Standardisation of Calmette's anti-venomous serum with pure cobra venom - Number 1
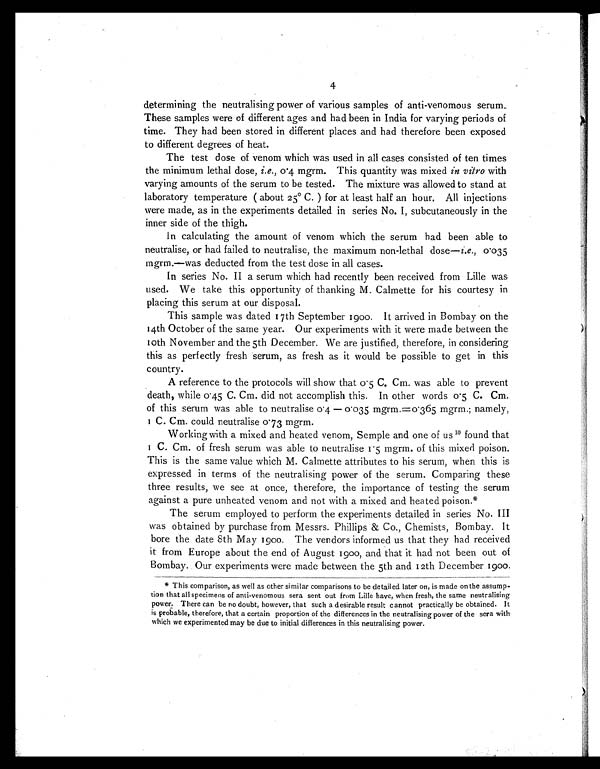
4
determining the neutralising power of various samples of anti-venomous serum.
These samples were of different ages and had been in India for varying periods of
time. They had been stored in different places and had therefore been exposed
to different degrees of heat.
The test dose of venom which was used in all cases consisted of ten times
the minimum lethal dose, i.e., 0∙4 mgrm. This quantity was mixed in vitro with
varying amounts of the serum to be tested. The mixture was allowed to stand at
laboratory temperature (about 25° C.) for at least half an hour. All injections
were made, as in the experiments detailed in series No. I, subcutaneously in the
inner side of the thigh.
In calculating the amount of venom which the serum had been able to
neutralise, or had failed to neutralise, the maximum non-lethal dose— i. e., 0∙ 0 3 5
mgrm.—was deducted from the test dose in all cases.
In series No. II a serum which had recently been received from Lille was
used. We take this opportunity of thanking M. Calmette for his courtesy in
placing this serum at our disposal.
This sample was dated 17th September 1900. It arrived in Bombay on the
14th October of the same year. Our experiments with it were made between the
10th November and the 5th December. We are justified, therefore, in considering
this as perfectly fresh serum, as fresh as it would be possible to get in this
country.
A reference to the protocols will show that 0 ∙5 C. Cm. was able to prevent
death, while 0∙45 C. Cm. did not accomplish this. In other words 0∙5 C. Cm.
of this serum was able to neutralise 0 ∙4 — 0∙035 mgrm.=0∙365 mgrm.; namely,
1 C. Cm. could neutralise 0∙73 mgrm.
Working with a mixed and heated venom, Semple and one of us 10 found that
1 C. Cm. of fresh serum was able to neutralise 1 ∙5 mgrm. of this mixed poison.
This is the same value which M. Calmette attributes to his serum, when this is
expressed in terms of the neutralising power of the serum. Comparing these
three results, we see at once, therefore, the importance of testing the serum
against a pure unheated venom and not with a mixed and heated poison.*
The serum employed to perform the experiments detailed in series No. III
was obtained by purchase from Messrs. Phillips & Co., Chemists, Bombay. It
bore the date 8th May 1900. The vendors informed us that they had received
it from Europe about the end of August 1900, and that it had not been out of
Bombay. Our experiments were made between the 5th and 12th December 1900.
*
This comparison, as well as other similar comparisons to be detailed later on, is made on the assump-
tion that all specimens of anti-venomous sera sent out from Lille have, when fresh, the same neutralising
power. There can be no doubt, however, that such a desirable result cannot practically be obtained. It
is probable, therefore, that a certain proportion of the differences in the neutralising power of the sera with
which we experimented may be due to initial differences in this neutralising power.